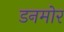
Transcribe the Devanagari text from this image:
डनमोर